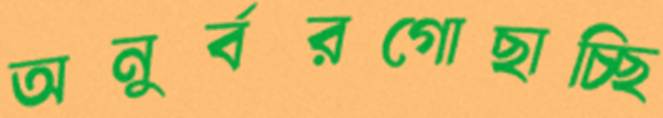
অনুর্বরগোছাচ্ছি